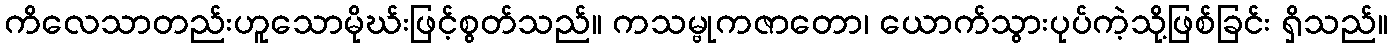
ကိလေသာတည်းဟူသောမိုဃ်းဖြင့်စွတ်သည်။ ကသမ္ဗုကဇာတော၊ ယောက်သွားပုပ်ကဲ့သို့ဖြစ်ခြင်း ရှိသည်။